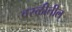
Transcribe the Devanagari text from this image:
वरळीतील